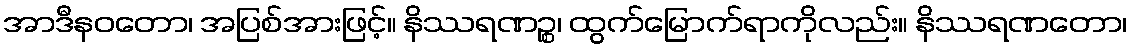
အာဒီနဝတော၊ အပြစ်အားဖြင့်။ နိဿရဏဉ္စ၊ ထွက်မြောက်ရာကိုလည်း။ နိဿရဏတော၊